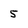
Character: 5